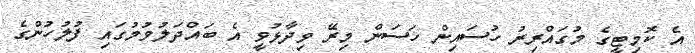
އެ ކޮމިޓީގެ މުގައްރިރު ހުސައިން ހަސަން މިރޭ ވިދާޅުވީ އެ ބައްދަލުވުމުގައި ފުލުހުންގެ